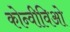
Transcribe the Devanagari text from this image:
कोन्वीविओ